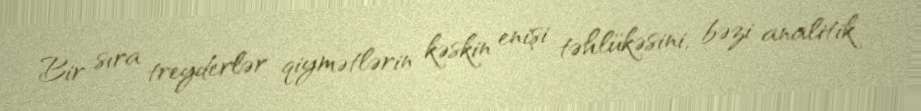
Bir sıra treyderlər qiymətlərin kəskin enişi təhlükəsini, bəzi analitik